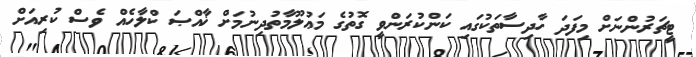
ޓީޗަރުންނަށް މިފަދަ ހާދިސާތަކުގައި ކަންކުރަންވީ ގޮތުގެ މަޢުލޫމާތުދިނުމަށް ޚާއްޞަ ކްލާހެއް ވެސް ކުރިއަށް